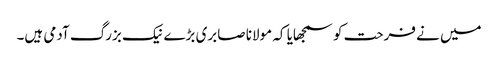
میں نے فرحت کو سمجھایا کہ مولانا صابری بڑے نیک بزرگ آدمی ہیں۔